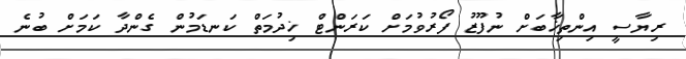
ރިޔާސީ އިންތިޚާބަށް ނުފޫޒު ފޯރުވުމަށް ކަރަންޓް ޚިދުމަތް ކަނޑަމުން ގެންދާ ކަމަށް ބުނެ